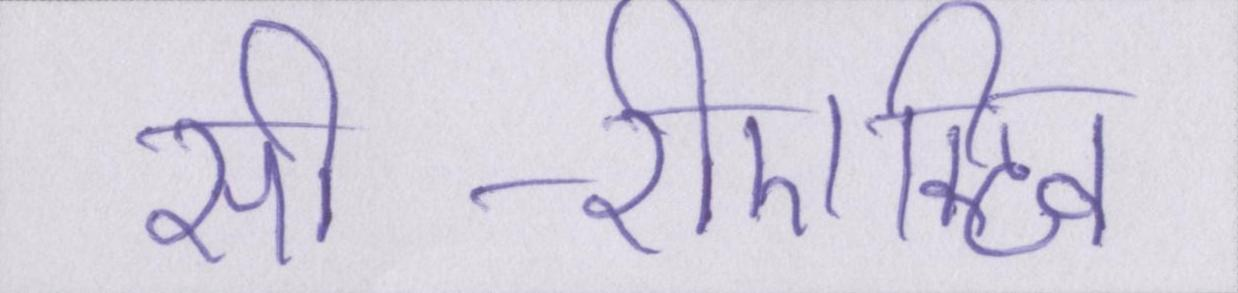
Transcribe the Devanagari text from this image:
सी-रीएक्टिव